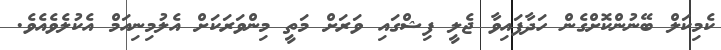
ކެމިކަލް ބޭނުންކޮށްގެން ހަދާފައިވާ ޖެލީ ފިޝްގައި ވަރަށް މަތީ މިންވަރަކަށް އެލުމިނިއަމް އެކުލެވެއެވެ.